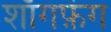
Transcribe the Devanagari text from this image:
शाँगफ़ंग